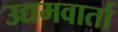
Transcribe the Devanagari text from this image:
उद्यमवार्ता